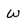
Character: W